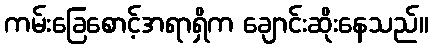
ကမ်းခြေစောင့်အရာရှိက ချောင်းဆိုးနေသည်။